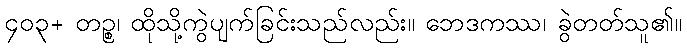
၄၀၃+ တဉ္စ၊ ထိုသို့ကွဲပျက်ခြင်းသည်လည်း။ ဘေဒကဿ၊ ခွဲတတ်သူ၏။